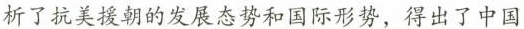
析了抗美援朝的发展态势和国际形势，得出了中国